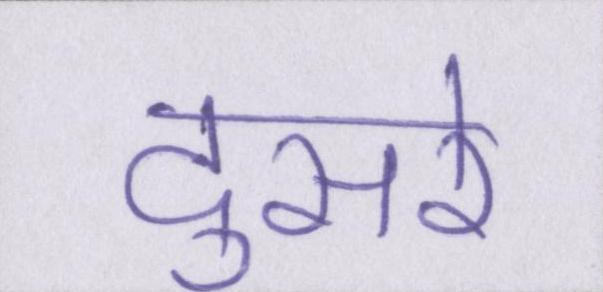
दुसरे